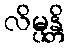
လိမ္ပန္တိ